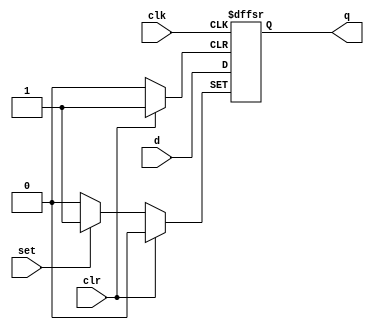
module dffsr( input clk, d, clr, set, output reg q );
	always @( posedge clk, posedge set, posedge clr)
		if ( clr )
			q <= 0;
		else if (set)
			q <= 1;
		else
			q <= d;
endmodule